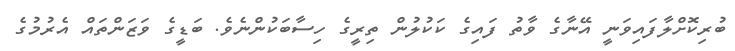
ބުރިކޮށްލާފައިވަނީ އޭނާގެ ވާތު ފައިގެ ކަކުލުން ތިރީގެ ހިސާބަކުންނެވެ. ބަޑީގެ ވަޒަންތައް އެރުމުގެ